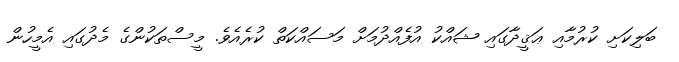
ބަލިކަށި ކުރުމާއި ޢަޤީދާގައި ޝައްކު އުފެއްދުމަށް މަސައްކަތް ކުރެއެވެ. މީސްތަކުންގެ މެދުގައި އެމީހުން